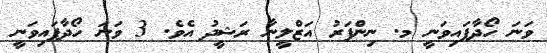
ވަނަ ހޯދާފައިވަނީ މ. ނިންފަރު އަޒްލީނާ ރަޝީދު އެވެ. 3 ވަަނަ ހޯދާފައިވަނީ